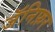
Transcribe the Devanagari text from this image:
जॅनिफ़र